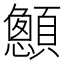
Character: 𮨞